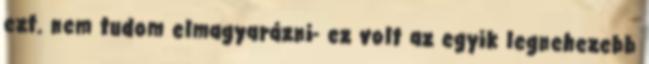
ezt. nem tudom elmagyarázni- ez volt az egyik legnehezebb